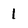
Character: 1